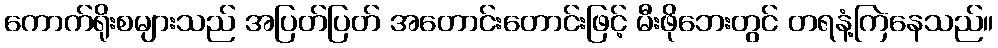
ကောက်ရိုးစများသည် အပြတ်ပြတ် အတောင်းတောင်းဖြင့် မီးဖိုဘေးတွင် တရနံ့ကြဲနေသည်။